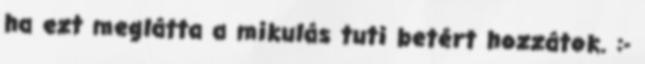
ha ezt meglátta a mikulás tuti betért hozzátok. :-